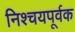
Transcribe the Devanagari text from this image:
निश्‍चयपूर्वक